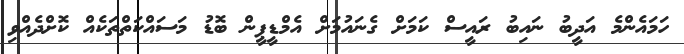
ހަމައެންމެ އަދީބު ނައިބު ރައީސް ކަމަށް ގެނައުމަށް އެމްޑީޕީން ބޮޑު މަސައްކަތްތަކެއް ކޮށްދެއްވި